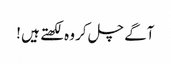
آگے چل کر وہ لکھتے ہیں !